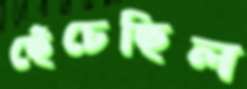
ছেঁচেছিল